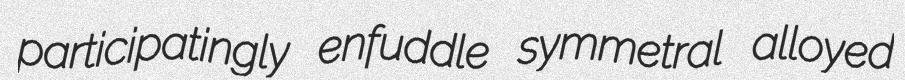
participatingly enfuddle symmetral alloyed